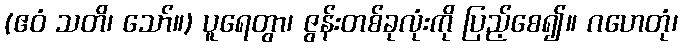
(ဧဝံ သတိ၊ သော်။) ပူရေတွာ၊ ဇွန်းတစ်ခုလုံးကို ပြည့်စေ၍။ ဂဟေတုံ၊